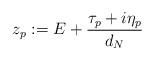
LaTeX: \begin{align*}z_{p} := E+\frac{\tau_{p}+i\eta_{p}}{d_{N}} \end{align*}